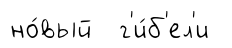
но́вый г'и́б'ел'и